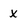
Character: x